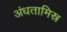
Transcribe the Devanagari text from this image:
अंधतामिस्र